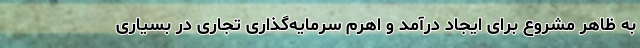
به ظاهر مشروع برای ایجاد درآمد و اهرم سرمایه‌گذاری تجاری در بسیاری